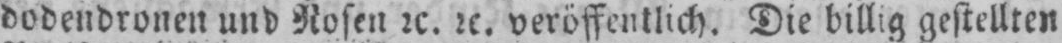
dodendronen und Rosen etc. etc. veröffentlich. Die billig gestellten